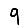
Digit: 9